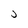
Character: j